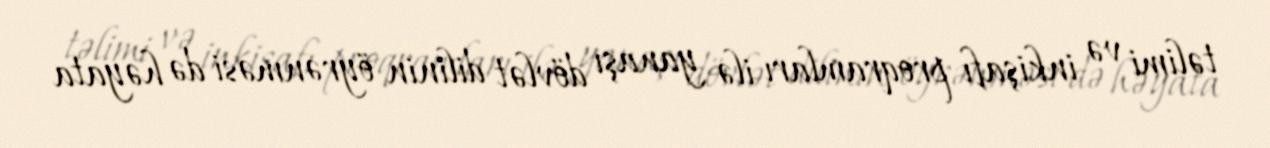
təlimi və inkişafı proqramları ilə yanaşı dövlət dilinin öyrənməsi də həyata